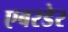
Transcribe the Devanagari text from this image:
एबरडेर